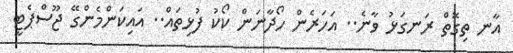
އާނ ތިގޮތް ރަނގަޅު ވާނެ.. އަހަރެން ހޯދާނަން ކޯކު ފުޅިތައް.. އައިކަންމެންގޭ ޖޫސްޕެޓީ